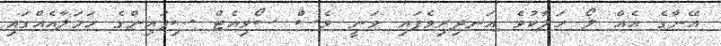
އޭނާގެ އެއް ލޯ ހަލާކުވެ އަނދިރިވެފައި ވަނީ ވެސް ސޯވިއެޓް ސިފައިންގެ ހަމަލާއެއްގައި